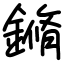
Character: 鏅